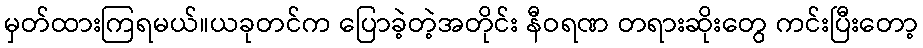
မှတ်ထားကြရမယ်။ယခုတင်က ပြောခဲ့တဲ့အတိုင်း နီဝရဏ တရားဆိုးတွေ ကင်းပြီးတော့